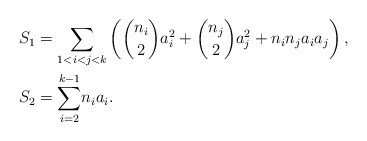
\begin{align*}S_{1} & =\sum_{1<i<j<k}\left( \binom{n_{i}}{2}a_{i}^{2}+\binom{n_{j}}{2}a_{j}^{2}+n_{i}n_{j}a_{i}a_{j}\right) ,\\S_{2} & ={\displaystyle\sum\limits_{i=2}^{k-1}}n_{i}a_{i}.\end{align*}